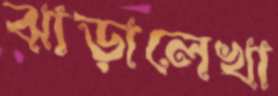
ঝাড়ালেখা